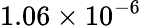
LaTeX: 1.06\times 10^{-6}